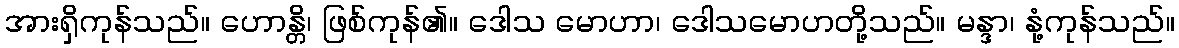
အားရှိကုန်သည်။ ဟောန္တိ၊ ဖြစ်ကုန်၏။ ဒေါသ မောဟာ၊ ဒေါသမောဟတို့သည်။ မန္ဒာ၊ နုံ့ကုန်သည်။